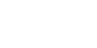
ထေရာပိ